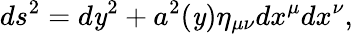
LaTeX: ds^{2}=d\mathit{y}^{2}+a^{2}(\mathit{y})\eta_{\mu\nu}dx^{\mu}dx^{\nu},